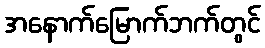
အနောက်မြောက်ဘက်တွင်